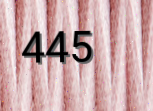
445